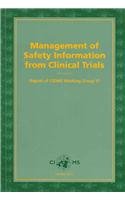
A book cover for Management of Safety Information from Clinical Trials: Report of CIOMS Working Group VI (A CIOMS Publication); CIOMS; Medical Books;